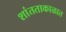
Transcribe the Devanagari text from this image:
शांतताकाळात